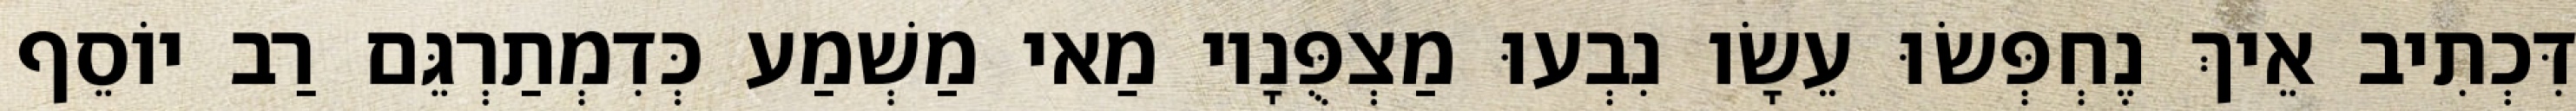
דִּכְתִיב אֵיךְ נֶחְפְּשׂוּ עֵשָׂו נִבְעוּ מַצְפֻּנָיו מַאי מַשְׁמַע כְּדִמְתַרְגֵּם רַב יוֹסֵף